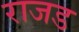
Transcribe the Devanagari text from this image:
राजड